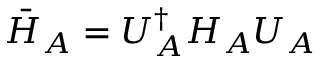
\bar { H } _ { A } = U _ { A } ^ { \dagger } H _ { A } U _ { A }